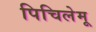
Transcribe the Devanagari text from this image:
पिचिलेमू